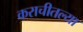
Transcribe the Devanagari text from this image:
कराचीतल्या